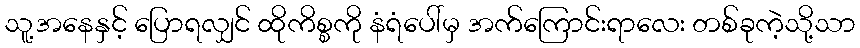
သူ့အနေနှင့် ပြောရလျှင် ထိုကိစ္စကို နံရံပေါ်မှ အက်ကြောင်းရာလေး တစ်ခုကဲ့သို့သာ